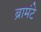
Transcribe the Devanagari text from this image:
ब्रामंटे